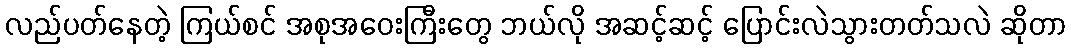
လည်ပတ်နေတဲ့ ကြယ်စင် အစုအဝေးကြီးတွေ ဘယ်လို အဆင့်ဆင့် ပြောင်းလဲသွားတတ်သလဲ ဆိုတာ